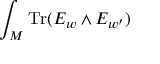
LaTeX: \int _ { \cal M } \mathrm { T r } ( E _ { w } \wedge E _ { w ^ { \prime } } )